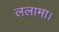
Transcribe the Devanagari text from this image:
ललामा।